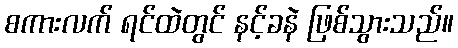
စကားလက် ရင်ထဲတွင် နင့်ခနဲ ဖြစ်သွားသည်။